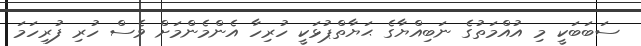
ސަބަބަކީ މި އުއްމަތުގެ ނަބިއްޔާގެ ޙަޔާތްޕުޅަކީ ހުރިހާ އެންމެންމަށް ވެސް ހުރި ފުރިހަމަ